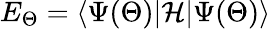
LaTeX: E_{\Theta}=\langle\Psi(\Theta)|\mathcal{H}|\Psi(\Theta)\rangle